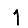
Digit: 1